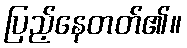
ပြည့်နေတတ်၏။